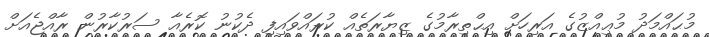
މުޙައްމަދު މުޢިއްޒުގެ އަރިހަށް އިޙްތިރާމުގެ ޒިޔާރަތެއް ކުރައްވައިފި ދެކުނު ކޮރެއާ ސަރުކާރުން ރާއްޖެއަށް